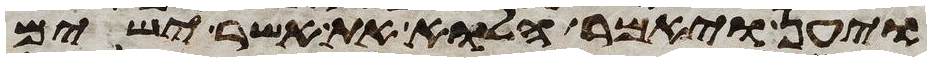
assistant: ויען ויאמר הלוא את אשר ישים